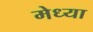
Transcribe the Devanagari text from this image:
मेध्या